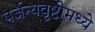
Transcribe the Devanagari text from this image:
पर्जन्यवृष्टीमध्ये